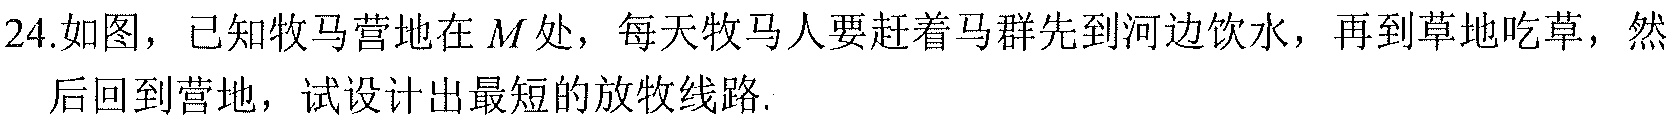
24.如图，已知牧马营地在 \(M\)处，每天牧马人要赶着马群先到河边饮水，再到草地吃草，然后回到营地，试设计出最短的放牧线路.